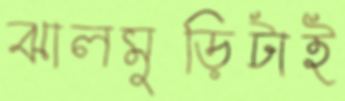
ঝালমুড়িটাই